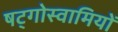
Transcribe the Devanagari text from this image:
षट्गोस्वामियों